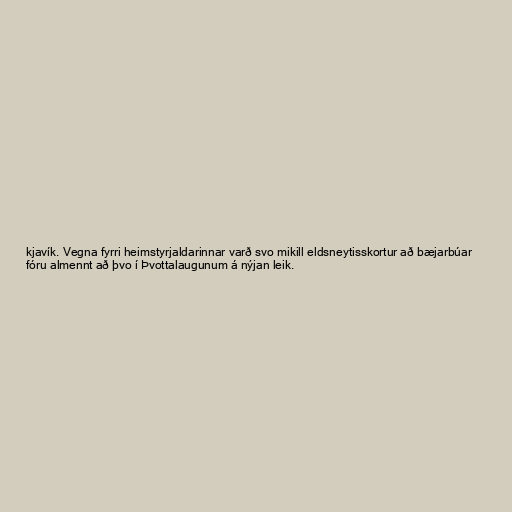
kjavík. Vegna fyrri heimstyrjaldarinnar varð svo mikill eldsneytisskortur að bæjarbúar
fóru almennt að þvo í Þvottalaugunum á nýjan leik.